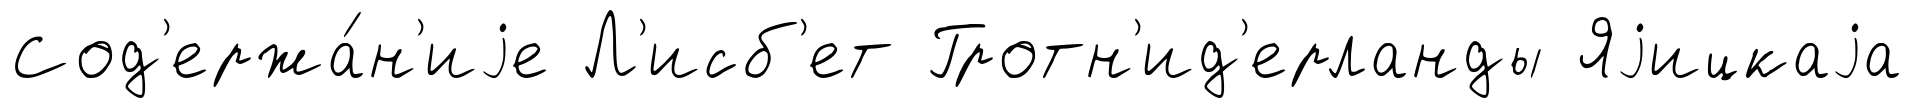
Сод'ержа́н'иjе Л'исб'ет Гротн'ид'ерланды Яjицкаjа